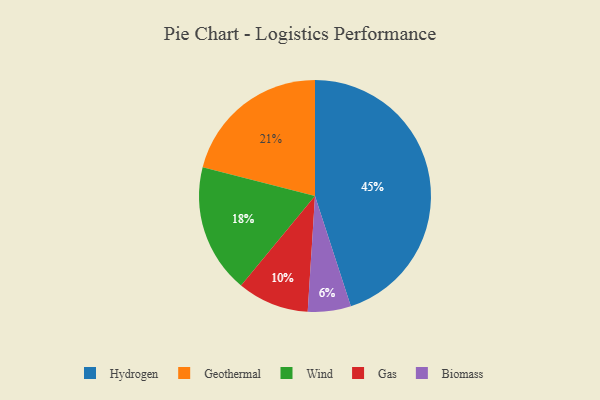
{"axis": {"x": "Category", "y": "Percentage"}, "legend": ["Biomass", "Gas", "Geothermal", "Hydrogen", "Wind"], "data": [{"x": "Hydrogen", "y": 45, "type": "Hydrogen"}, {"x": "Wind", "y": 18, "type": "Wind"}, {"x": "Gas", "y": 10, "type": "Gas"}, {"x": "Geothermal", "y": 21, "type": "Geothermal"}, {"x": "Biomass", "y": 6, "type": "Biomass"}]}